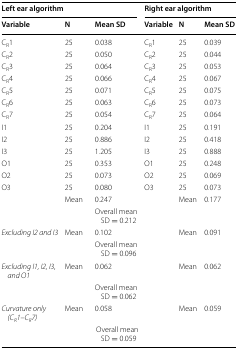
| <COLSPAN=3> Left ear algorithm | <COLSPAN=3> Right ear algorithm |
 | Variable | N | Mean SD | Variable | N | Mean SD |
 | --- | --- | --- | --- | --- | --- |
 | CR1 | 25 | 0.038 | CR1 | 25 | 0.039 |
 | CR2 | 25 | 0.050 | CR2 | 25 | 0.044 |
 | CR3 | 25 | 0.064 | CR3 | 25 | 0.053 |
 | CR4 | 25 | 0.066 | CR4 | 25 | 0.067 |
 | CR5 | 25 | 0.071 | CR5 | 25 | 0.075 |
 | CR6 | 25 | 0.063 | CR6 | 25 | 0.073 |
 | CR7 | 25 | 0.054 | CR7 | 25 | 0.064 |
 | I1 | 25 | 0.204 | I1 | 25 | 0.191 |
 | I2 | 25 | 0.886 | I2 | 25 | 0.418 |
 | I3 | 25 | 1.205 | I3 | 25 | 0.888 |
 | O1 | 25 | 0.353 | O1 | 25 | 0.248 |
 | O2 | 25 | 0.073 | O2 | 25 | 0.069 |
 | O3 | 25 | 0.080 | O3 | 25 | 0.073 |
 |  | Mean | 0.247 |  | Mean | 0.177 |
 |  |  | Overall mean SD = 0.212 |  |  |  |
 | Excluding I2 and I3 | Mean | 0.102 |  | Mean | 0.091 |
 |  |  | Overall mean SD = 0.096 |  |  |  |
 | Excluding I1, I2, I3, and O1 | Mean | 0.062 |  | Mean | 0.062 |
 |  |  | Overall mean SD = 0.062 |  |  |  |
 | Curvature only (CR1–CR7) | Mean | 0.058 |  | Mean | 0.059 |
 |  |  | Overall mean SD = 0.059 |  |  |  |